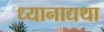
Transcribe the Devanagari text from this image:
ध्यानाद्यथा